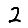
Digit: 2